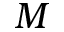
\boldsymbol { M }